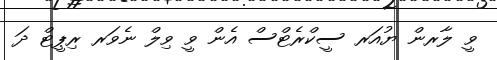
ވީ ލާރން ޔުއަރ ސީކްރެޓްސް އެން ވީ ވިލް ނެވަރ ރިޕީޓް ދަ